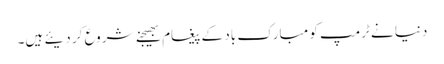
دنیا نے ٹرمپ کو مبارک باد کے پیغام بھیجنے شروع کر دیئے ہیں۔